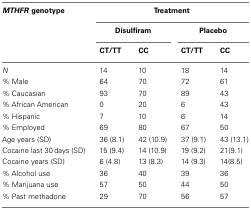
<table><thead><tr><td><b><i>MTHFR</i> genotype</b></td><td colspan="4"><b>Treatment</b></td></tr><tr><td></td><td colspan="2"><b>Disulfiram</b></td><td colspan="2"><b>Placebo</b></td></tr><tr><td></td><td><b>CT/TT</b></td><td><b>CC</b></td><td><b>CT/TT</b></td><td><b>CC</b></td></tr></thead><tbody><tr><td><i>N</i></td><td>14</td><td>10</td><td>18</td><td>14</td></tr><tr><td>% Male</td><td>64</td><td>70</td><td>72</td><td>61</td></tr><tr><td>% Caucasian</td><td>93</td><td>70</td><td>89</td><td>43</td></tr><tr><td>% African American</td><td>0</td><td>20</td><td>6</td><td>43</td></tr><tr><td>% Hispanic</td><td>7</td><td>10</td><td>6</td><td>14</td></tr><tr><td>% Employed</td><td>69</td><td>80</td><td>67</td><td>50</td></tr><tr><td>Age years (SD)</td><td>36 (8.1)</td><td>42 (10.9)</td><td>37 (9.1)</td><td>43 (13.1)</td></tr><tr><td>Cocaine last 30 days (SD)</td><td>15 (9.4)</td><td>14 (10.9)</td><td>19 (9.2)</td><td>21(9.1)</td></tr><tr><td>Cocaine years (SD)</td><td>6 (4.8)</td><td>13 (8.3)</td><td>14 (9.3)</td><td>14(8.5)</td></tr><tr><td>% Alcohol use</td><td>36</td><td>40</td><td>39</td><td>36</td></tr><tr><td>% Marijuana use</td><td>57</td><td>50</td><td>44</td><td>50</td></tr><tr><td>% Past methadone</td><td>29</td><td>70</td><td>56</td><td>57</td></tr></tbody></table>